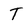
Character: t